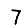
Digit: 7